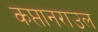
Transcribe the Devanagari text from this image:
कप्तानराउल